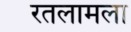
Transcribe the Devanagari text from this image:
रतलामला